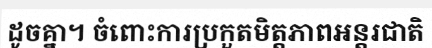
ដូចគ្នា។ ចំពោះការប្រកួតមិត្តភាពអន្តរជាតិ